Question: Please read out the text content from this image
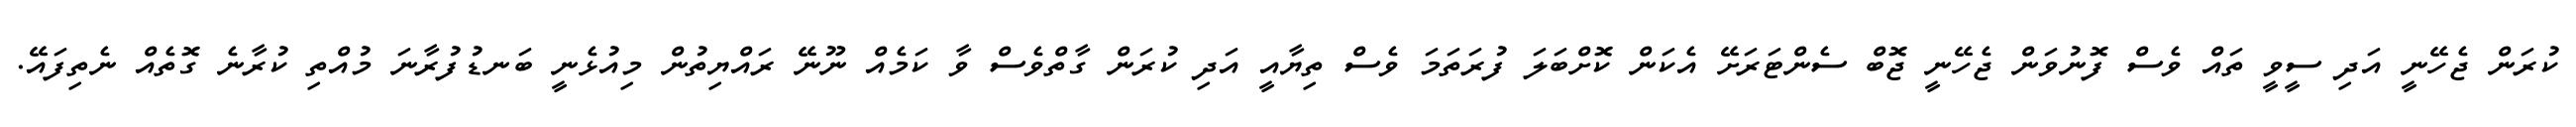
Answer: ކުރަން ޖެހޭނީ އަދި ސީވީ ތައް ވެސް ފޮނުވަން ޖެހޭނީ ޖޮބް ސެންޓަރަށޭ އެކަން ކޮށްބަލަ ފުރަތަމަ ވެސް ތިޔާއީ އަދި ކުރަން ގާތްވެސް ވާ ކަމެއް ނޫނޭ ރައްޔިތުން މިއުޅެނީ ބަނޑުފުރާނަ މުއްތި ކުރާނެ ގޮތެއް ނެތިފައޭ.